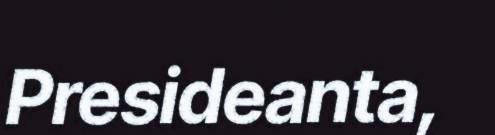
Presideanta,